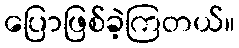
ပြောဖြစ်ခဲ့ကြတယ်။